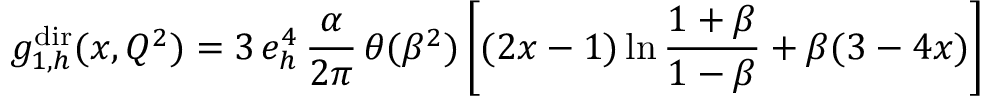
g _ { 1 , h } ^ { \mathrm { d i r } } ( x , Q ^ { 2 } ) = 3 \, e _ { h } ^ { 4 } \, \frac { \alpha } { 2 \pi } \, \theta ( \beta ^ { 2 } ) \left[ ( 2 x - 1 ) \ln \frac { 1 + \beta } { 1 - \beta } + \beta ( 3 - 4 x ) \right]